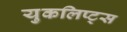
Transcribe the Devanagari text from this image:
युकलिप्ट्स